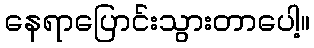
နေရာပြောင်းသွားတာပေါ့။